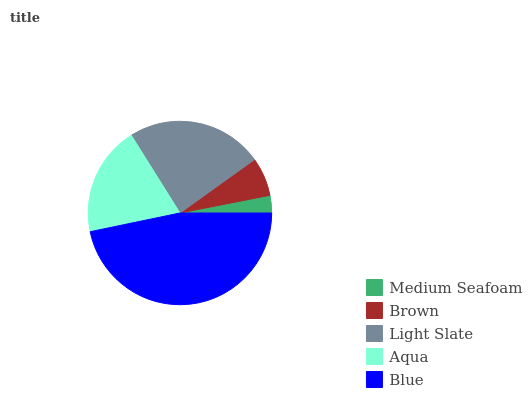
| Medium Seafoam | Brown | Light Slate | Aqua | Blue |
 | --- | --- | --- | --- | --- |
 | 3.08% | 6.8% | 24% | 19.4% | 46.7% |